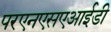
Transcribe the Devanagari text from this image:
परएनएसएआईडी